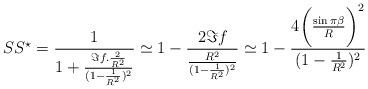
LaTeX: \begin{align*}SS^{\star}=\frac{1}{1+\frac{\Im f.{\frac{2}{R^2}}}{(1-\frac{1}{R^2})^2}}\simeq 1-\frac{2\Im f}{\frac{R^2}{(1-\frac{1}{R^2})^2}}\simeq 1-\frac{4\bigg(\frac{\sin\pi\beta}{R}\bigg)^2}{(1-\frac{1}{R^2})^2}\end{align*}